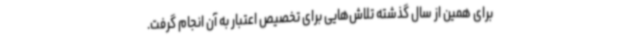
برای همین از سال گذشته تلاش‌هایی برای تخصیص اعتبار به آن انجام گرفت.